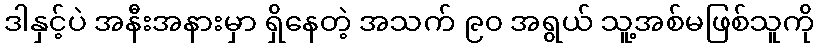
ဒါနှင့်ပဲ အနီးအနားမှာ ရှိနေတဲ့ အသက် ၉၀ အရွယ် သူ့အစ်မဖြစ်သူကို